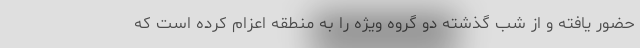
حضور یافته و از شب گذشته دو گروه ویژه را به منطقه اعزام کرده است که